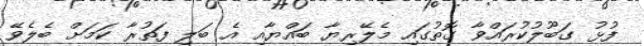
ފުޅު ގަބޫލުކުރައްވާ ގޮތުގައި މެލޭރިޔާ ބައްޔާއި އެ ބަލި ފަތުރާ ކަމަށް ބެލެވޭ